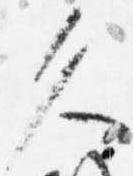
久